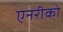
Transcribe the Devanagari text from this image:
एनरीको